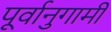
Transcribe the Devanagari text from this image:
पूर्वानुगामी